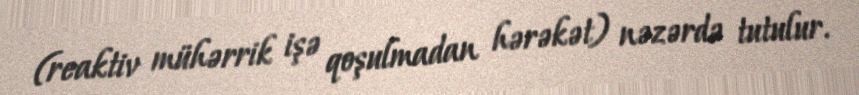
(reaktiv mühərrik işə qoşulmadan hərəkət) nəzərdə tutulur.